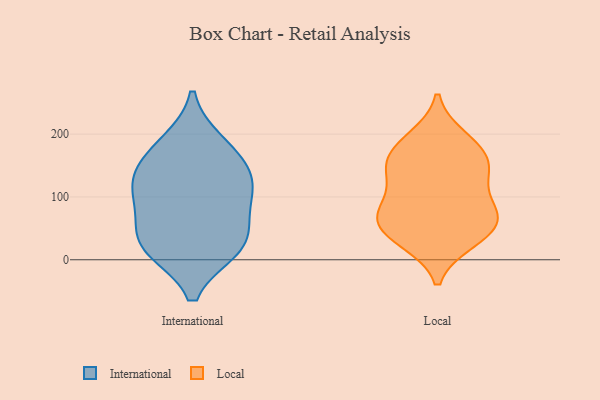
{"axis": {"x": "Churn Rate (%)", "y": "Value"}, "legend": ["International", "Local"], "data": [{"x": "", "y": 131, "type": "International"}, {"x": "", "y": 104, "type": "International"}, {"x": "", "y": 18, "type": "International"}, {"x": "", "y": 168, "type": "International"}, {"x": "", "y": 52, "type": "International"}, {"x": "", "y": 185, "type": "International"}, {"x": "", "y": 95, "type": "International"}, {"x": "", "y": 131, "type": "International"}, {"x": "", "y": 22, "type": "International"}, {"x": "", "y": 22, "type": "International"}, {"x": "", "y": 28, "type": "Local"}, {"x": "", "y": 64, "type": "Local"}, {"x": "", "y": 63, "type": "Local"}, {"x": "", "y": 196, "type": "Local"}, {"x": "", "y": 116, "type": "Local"}, {"x": "", "y": 69, "type": "Local"}, {"x": "", "y": 142, "type": "Local"}, {"x": "", "y": 32, "type": "Local"}, {"x": "", "y": 30, "type": "Local"}, {"x": "", "y": 69, "type": "Local"}, {"x": "", "y": 169, "type": "Local"}, {"x": "", "y": 194, "type": "Local"}, {"x": "", "y": 149, "type": "Local"}, {"x": "", "y": 84, "type": "Local"}, {"x": "", "y": 65, "type": "Local"}, {"x": "", "y": 156, "type": "Local"}, {"x": "", "y": 161, "type": "Local"}, {"x": "", "y": 116, "type": "Local"}]}